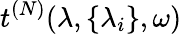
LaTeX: t^{(N)}(\lambda,\{ \lambda_{i}\} ,\omega)